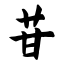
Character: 苷